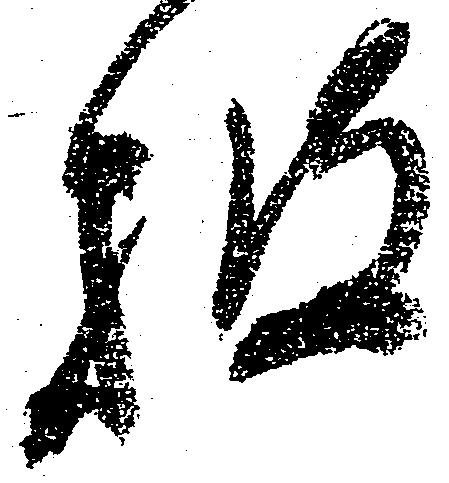
披